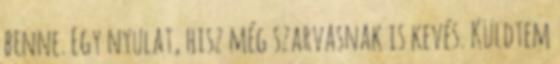
benne. Egy nyulat, hisz még szarvasnak is kevés. Küldtem